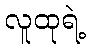
လူထုရဲ့